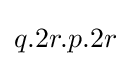
q.2r.p.2r